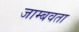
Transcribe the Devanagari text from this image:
जाम्बवता